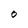
Character: O